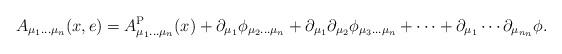
LaTeX: \begin{gather*}A_{\mu_{1}\dots \mu_{n}}(x,e)=A_{\mu_{1}\dots \mu_{n}}^{\rm P}(x)+\partial_{\mu_{1}}\phi_{\mu_{2}\dots \mu_{n}}+\partial_{\mu_{1}}\partial_{\mu_{2}}\phi_{\mu_{3}\dots \mu_{n}}+\cdots +\partial_{\mu_{1}}\cdots\partial_{\mu_{n_{n}}}\phi.\end{gather*}